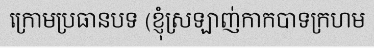
ក្រោមប្រធានបទ (ខ្ញុំស្រឡាញ់កាកបាទក្រហម